Plague in India, 1896, 1897 - Volume 2
Year: 1896
Disease focus: Plague
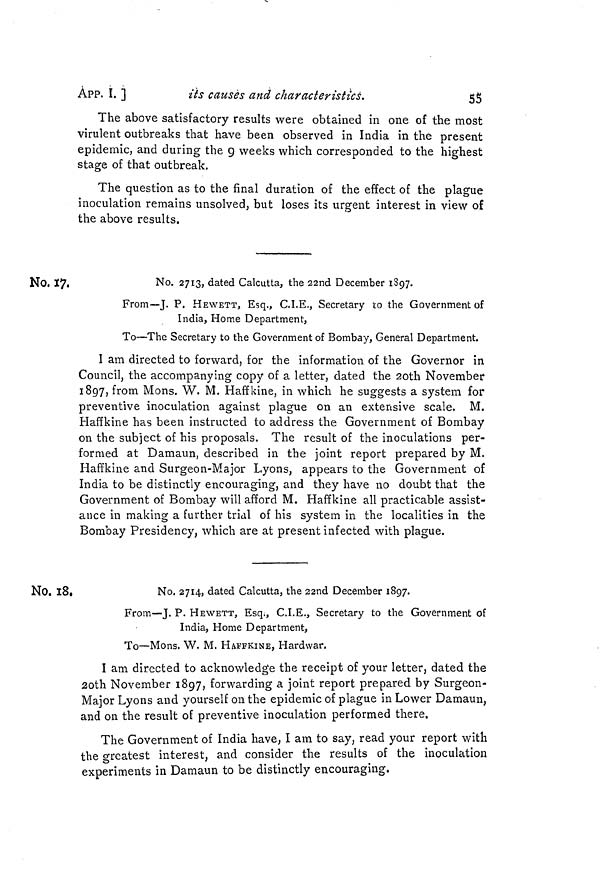
APP. ï. ]
its causes and characteristics.
55
The above satisfactory results were obtained in one of the most
virulent outbreaks that have been observed in India in the present
epidemic, and during the 9 weeks which corresponded to the highest
stage of that outbreak.
The question as to the final duration of the effect of the plague
inoculation remains unsolved, but loses its urgent interest in view of
the above results.
No. 17.
No. 2713, dated Calcutta, the 22nd December 1897.
From—J. P. HEWETT, Esq., C.I.E., Secretary to the Government of
India, Home Department,
To—The Secretary to the Government of Bombay, General Department.
I am directed to forward, for the information of the Governor in
Council, the accompanying copy of a letter, dated the 2oth November
1897, from Mons. W. M. Haffkine, in which he suggests a system for
preventive inoculation against plague on an extensive scale. M.
Haffkine has been instructed to address the Government of Bombay
on the subject of his proposals. The result of the inoculations per-
formed at Damaun, described in the joint report prepared by M.
Haffkine and Surgeon-Major Lyons, appears to the Government of
India to be distinctly encouraging, and they have no doubt that the
Government of Bombay will afford M. Haffkine all practicable assist-
ance in making a further trial of his system in the localities in the
Bombay Presidency, which are at present infected with plague.
No. 18.
No. 2714, dated Calcutta, the 22nd December 1897.
From—J. P. HEWETT, Esq., C.I.E., Secretary to the Government of
India, Home Department,
To—Mons. W. M. HAFFKINE, Hardwar.
I am directed to acknowledge the receipt of your letter, dated the
2oth November 1897, forwarding a joint report prepared by Surgeon-
Major Lyons and yourself on the epidemic of plague in Lower Damaun,
and on the result of preventive inoculation performed there.
The Government of India have, I am to say, read your report with
the greatest interest, and consider the results of the inoculation
experiments in Damaun to be distinctly encouraging.